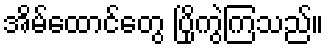
အိမ်ထောင်တွေ ပြိုကွဲကြသည်။